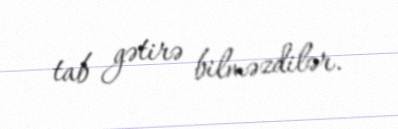
tab gətirə bilməzdilər.